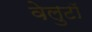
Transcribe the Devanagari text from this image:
वेलुटाॅ